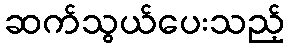
ဆက်သွယ်ပေးသည့်